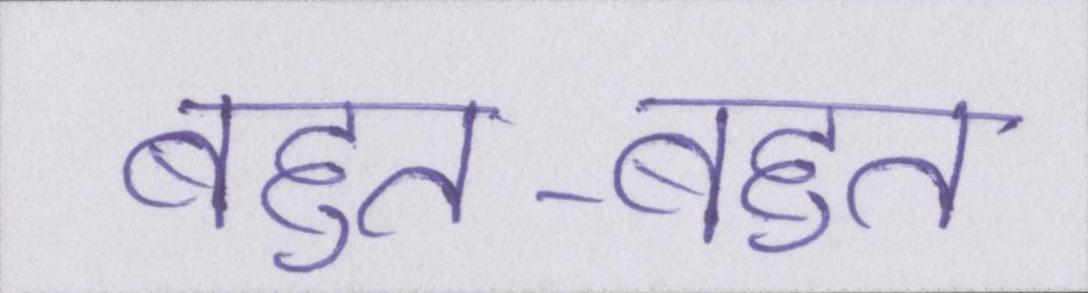
बहुत-बहुत